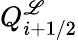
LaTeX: Q_{i+1/2}^{\mathscr{L}}